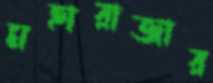
মহারাজার